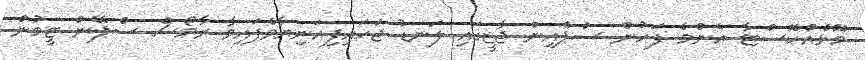
މޮޅެއްކޮސްޓާ އެންމެ ފަހުން ސްޕެއިން ޖާޒީގައި ލަނޑު ޖަހައިފިއަނިޔާވެފައިވާ ރާމޯސް ސްޕޭން ޓީމުން